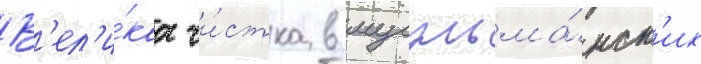
В'ел'и́каа чи́стка в мусульма́нск'их